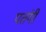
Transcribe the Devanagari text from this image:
पतंगी